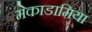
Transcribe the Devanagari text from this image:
मेकाडामिया